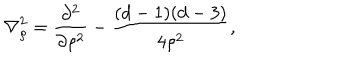
{ \bf \nabla } _ { \rho } ^ { 2 } = \frac { \partial ^ { 2 } } { \partial \rho ^ { 2 } } - \frac { ( d - 1 ) ( d - 3 ) } { 4 \rho ^ { 2 } } ,